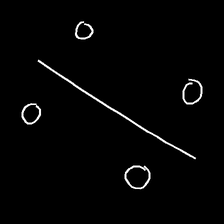
Glyph: cool